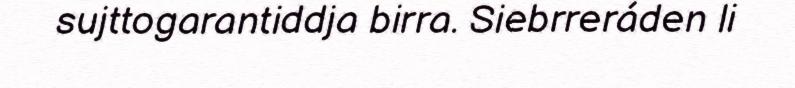
sujttogarantiddja birra. Siebrreráden li